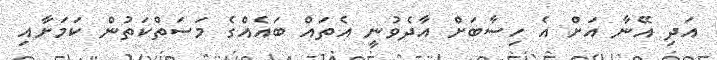
އަދި އޭނާ އަށް އެ ހިސާބަށް އާދެވުނީ އެތައް ބައެއްގެ މަސަތްކަތުން ކަމަށާއި